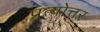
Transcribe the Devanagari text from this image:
प्रत्योत्तर